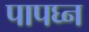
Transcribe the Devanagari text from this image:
पापघ्न